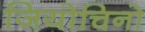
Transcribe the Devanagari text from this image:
जियोचिनो